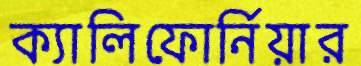
ক্যালিফোর্নিয়ার